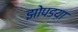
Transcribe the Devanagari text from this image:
झोपडय़ा